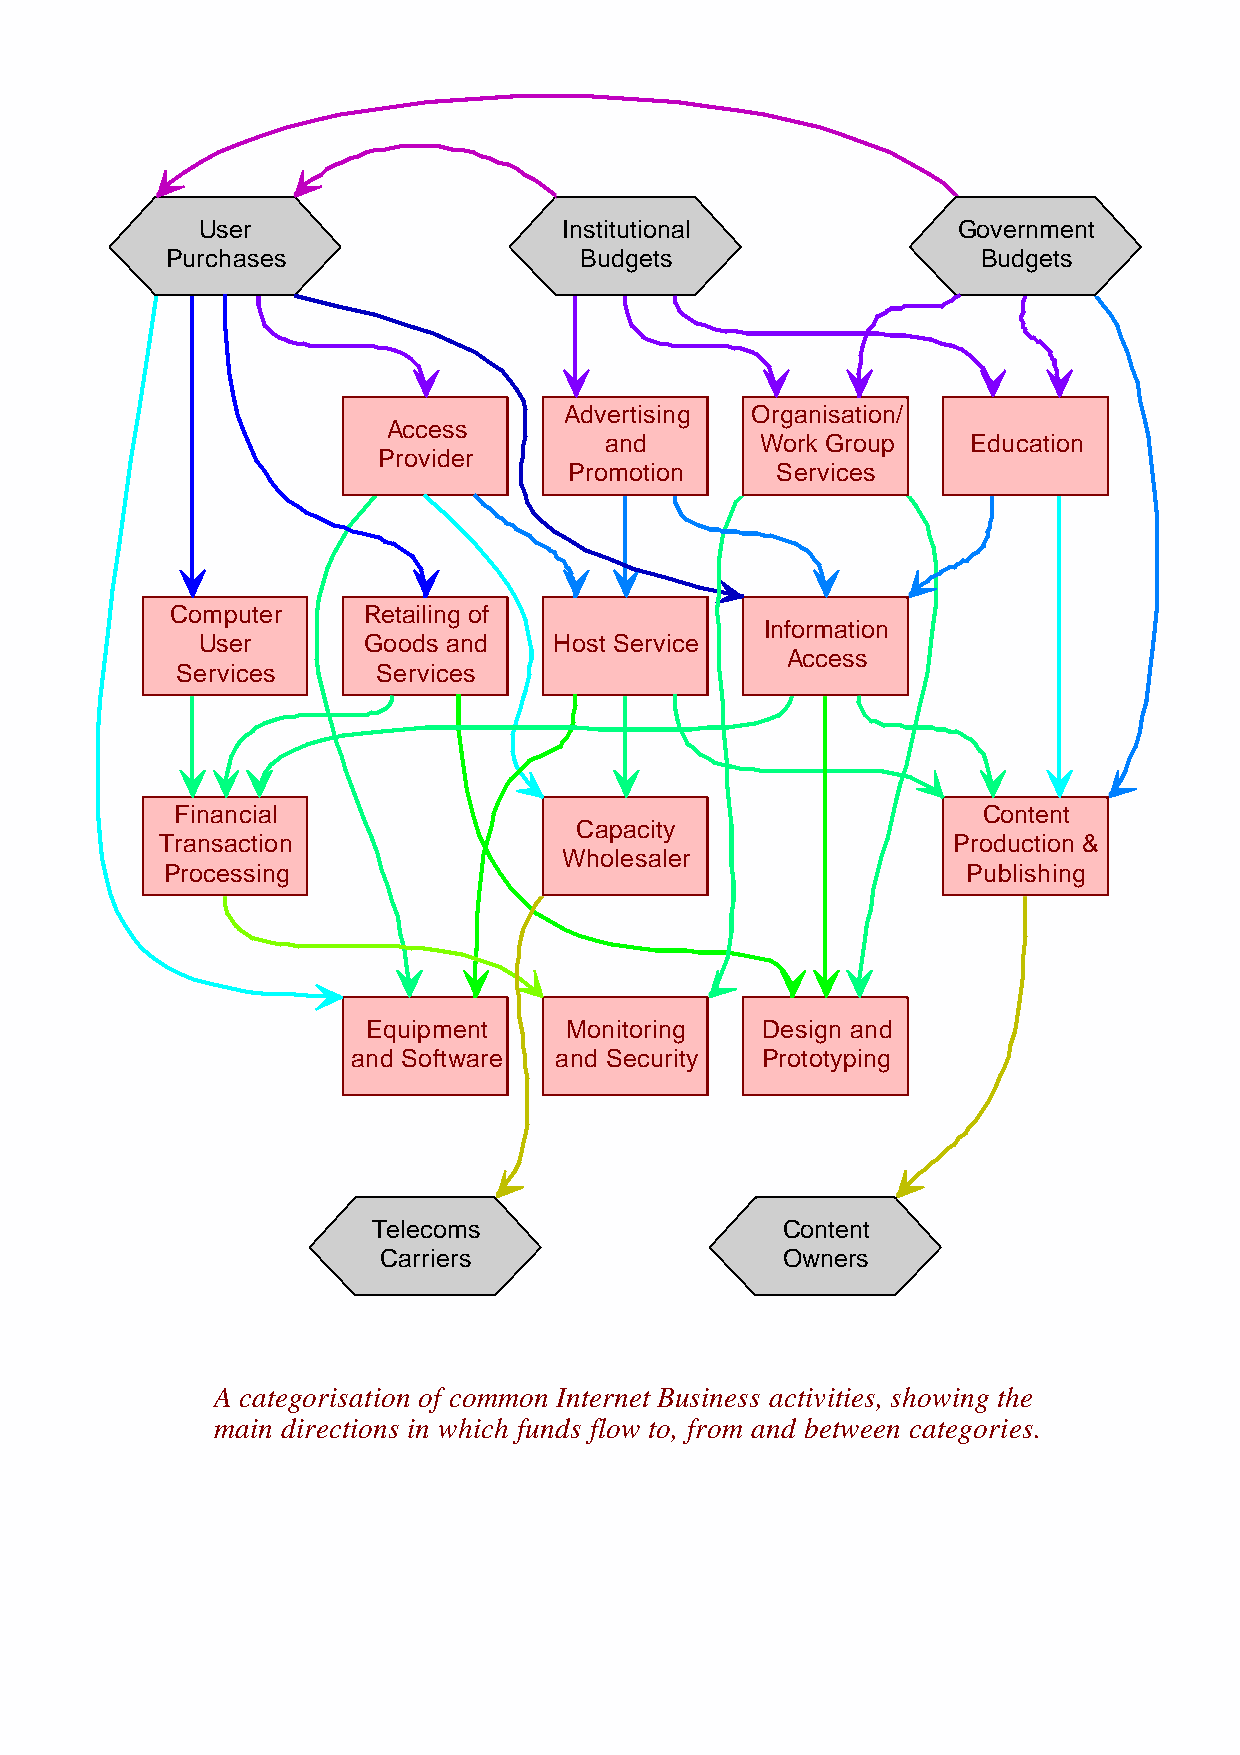
User                    Institutional             Government
 Purchases                  Budgets                    Budgets
 Advertising  Organisation/
 Access
 and       Work Group    Education
 Provider
 Promotion    Services
 Computer     Retailing of
 Information
 User       Goods and    Host Service
 Access
 Services     Services
 Financial                                            Content
 Capacity
 Transaction                                         Production &
 Wholesaler
 Processing                                           Publishing
 Equipment    Monitoring   Design and
 and Software  and Security Prototyping
 Telecoms                   Content
 Carriers                   Owners
 A categorisation of common Internet Business activities, showing the
 main directions in which funds flow to, from and between categories.